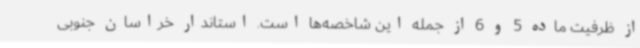
از ظرفیت ماده 5 و 6 از جمله این شاخصه‌ها است. استاندار خراسان جنوبی